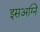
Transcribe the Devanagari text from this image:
इसअग्नि